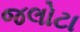
જલોટા